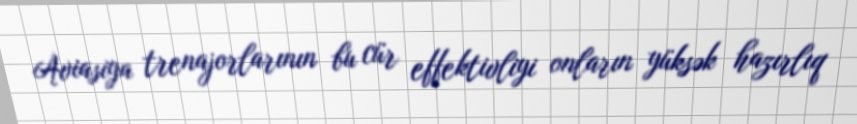
Aviasiya trenajorlarının bu cür effektivliyi onların yüksək hazırlıq